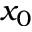
x _ { 0 }